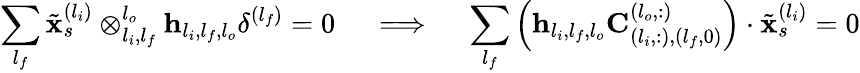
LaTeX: \sum_{l_{f}}\tilde{\mathbf{x}}_{s}^{(l_{i})}\otimes_{l_{i},l_{f}}^{l_{o}}\mathbf{h}_{l_{i},l_{f},l_{o}}\mathbf{\delta}^{(l_{f})}=0\quad\implies\quad\sum_{l_{f}}\left(\mathbf{h}_{l_{i},l_{f},l_{o}}\mathbf{C}_{(l_{i},:),(l_{f},0)}^{(l_{o},:)}\right)\cdot\tilde{\mathbf{x}}_{s}^{(l_{i})}=0